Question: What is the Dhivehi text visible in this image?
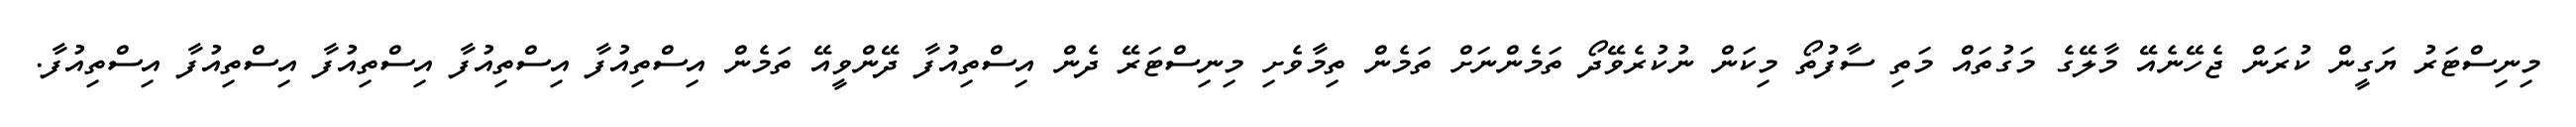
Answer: މިނިސްޓަރު ޔަގީން ކުރަން ޖެހޭނެއޭ މާލޭގެ މަގުތައް މަތި ސާފުތޯ މިކަން ނުކުރެވޭދޯ ތަމެންނަށް ތަމެން ތިމާވެށި މިނިސްޓަރޭ ދެން އިސްތިއުފާ ދޭންވީއޭ ތަމެން އިސްތިއުފާ އިސްތިއުފާ އިސްތިއުފާ އިސްތިއުފާ އިސްތިއުފާ.